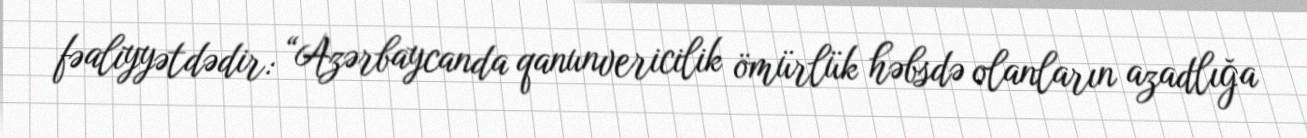
fəaliyyətdədir: “Azərbaycanda qanunvericilik ömürlük həbsdə olanların azadlığa